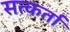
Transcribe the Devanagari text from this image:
सत्कर्ता